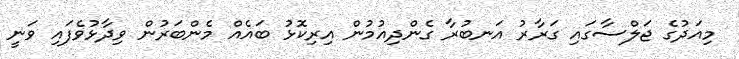
މިއަދުގެ ޖަލްސާގައި ގަރާރު އަނބުރާ ގެންދިއުމުން އިރިކޮޅު ބައެއް މެންބަރުން ވިދާޅުވެފައި ވަނީ